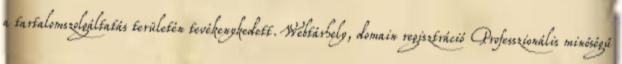
a tartalomszolgáltatás területén tevékenykedett. Webtárhely, domain regisztráció Professzionális minőségű